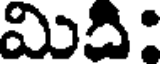
మిది: